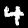
Label: 4